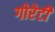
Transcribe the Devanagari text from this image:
गोरेटी